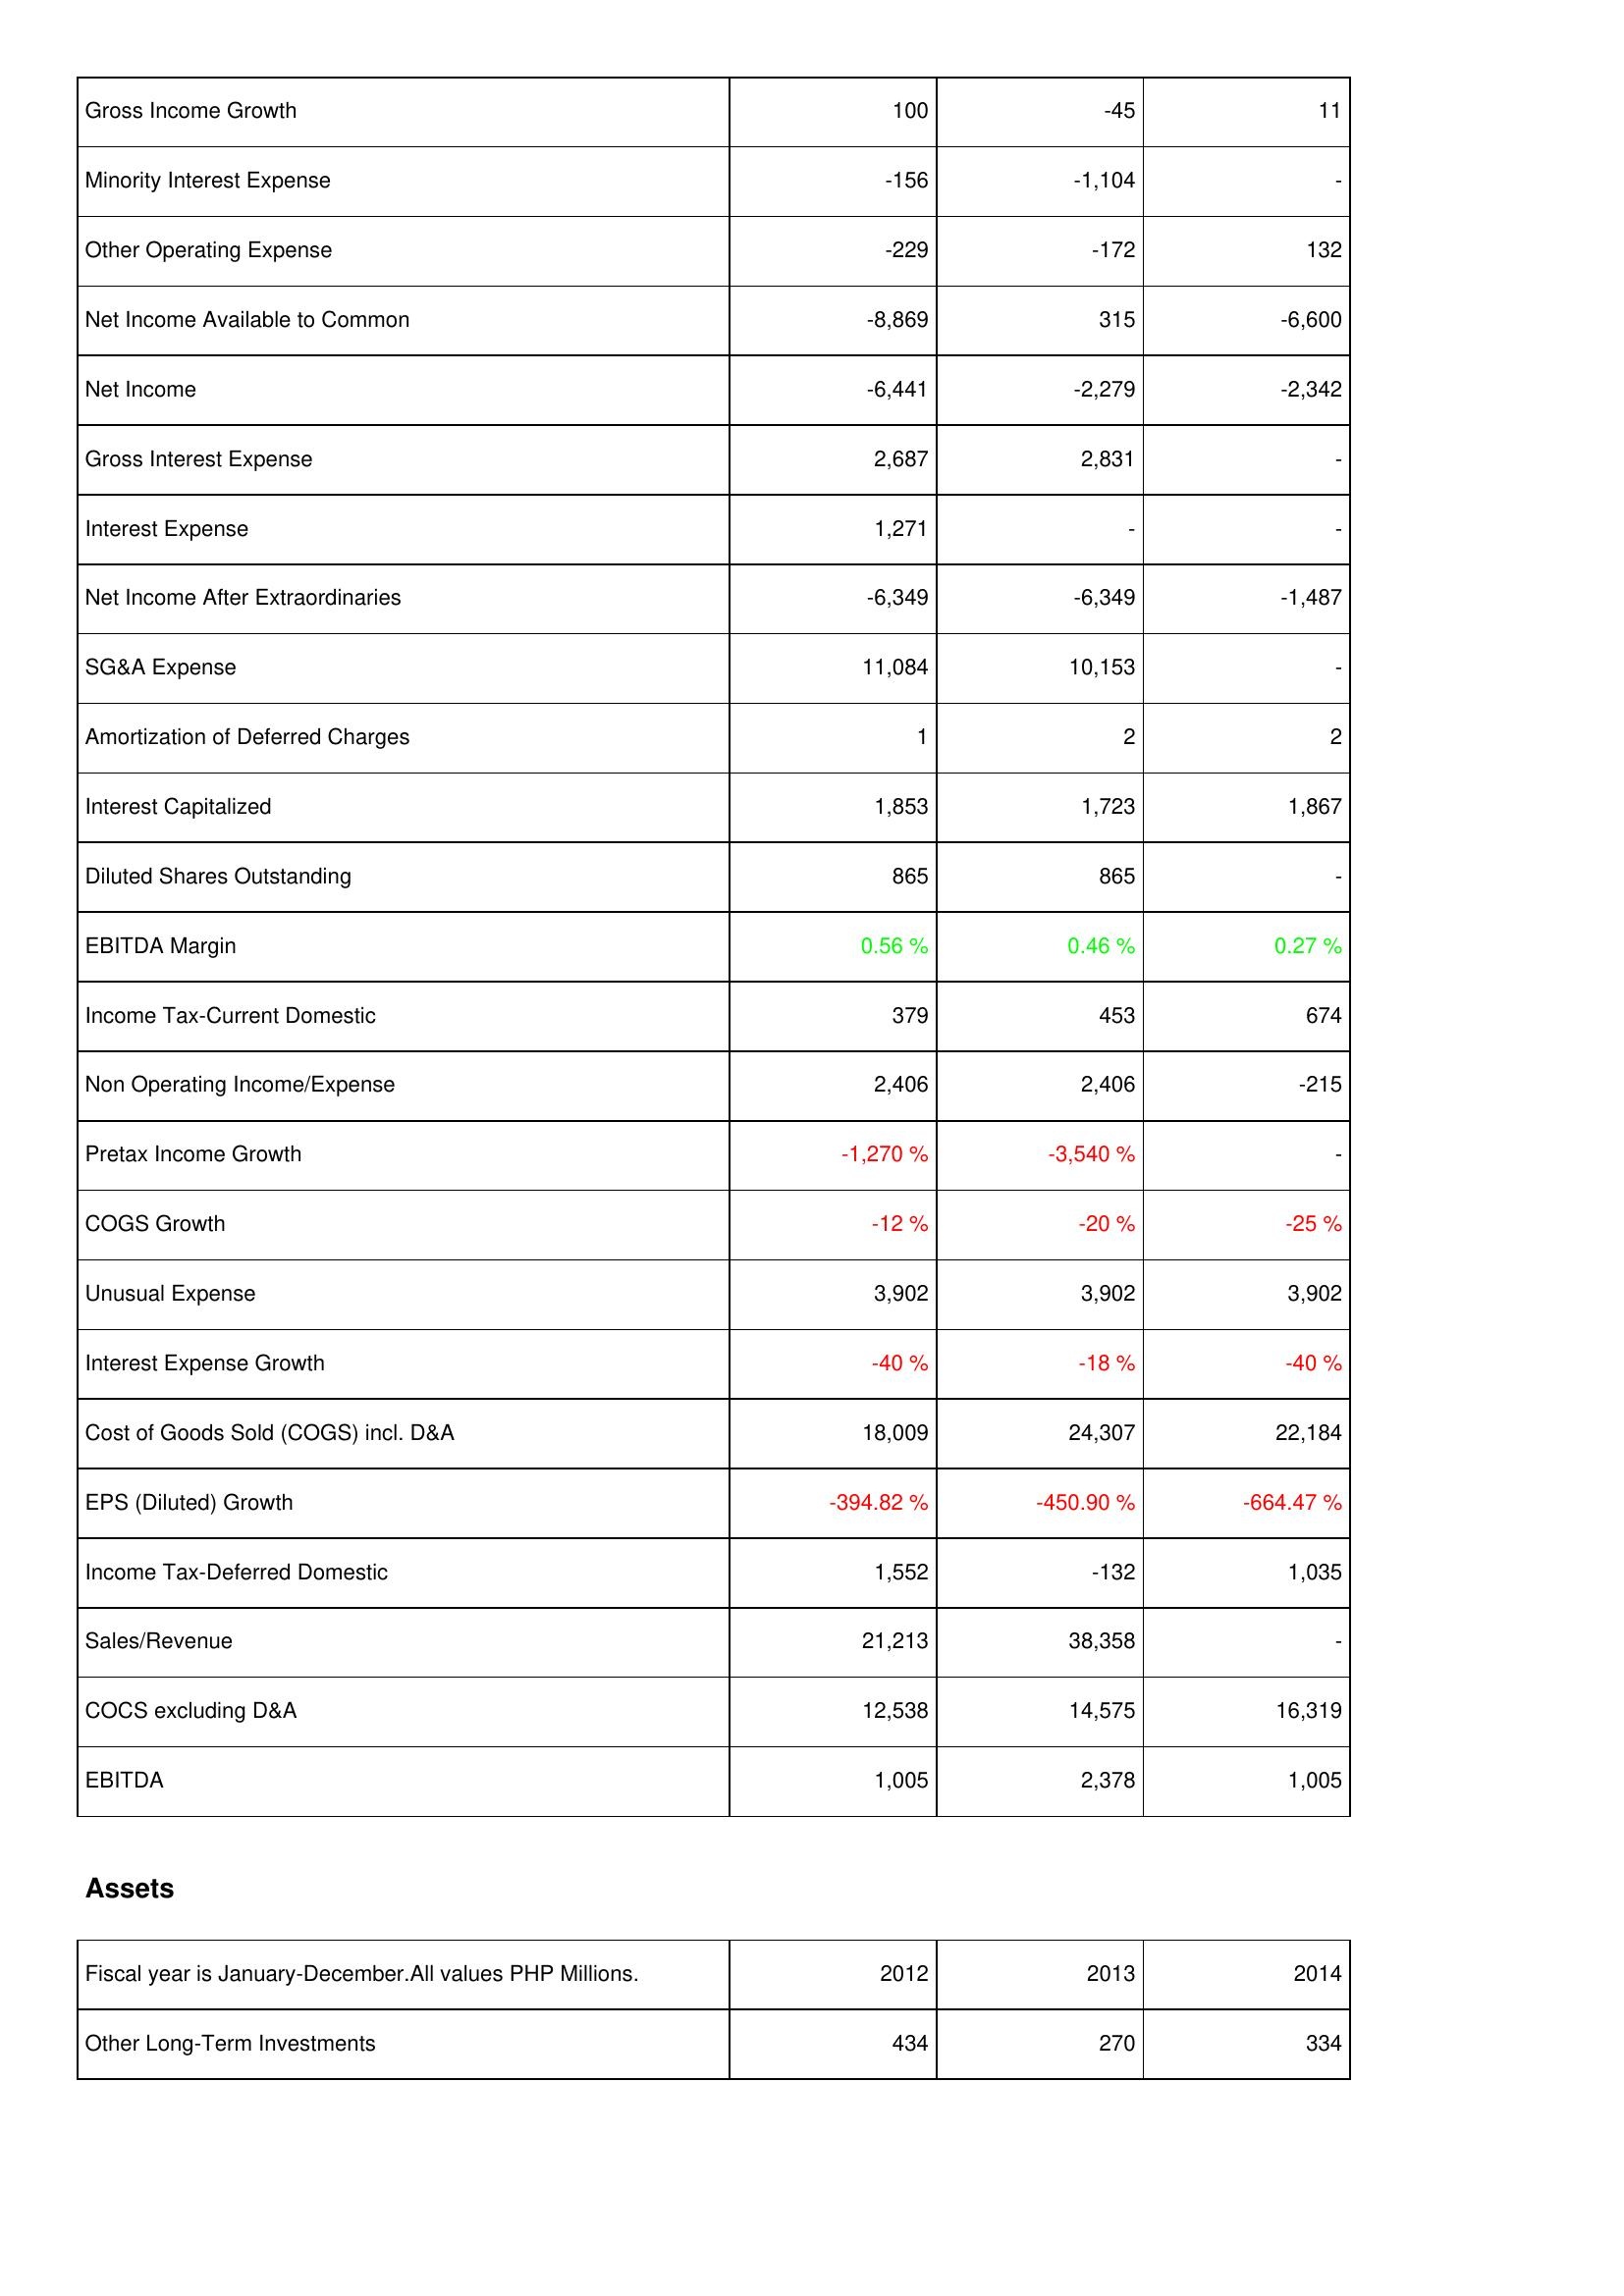
2012: Income Statement: Gross Income Growth: 100
Minority Interest Expense: -156
Other Operating Expense: -229
Net Income Available to Common: -8,869
Net Income: -6,441
Gross Interest Expense: 2,687
Interest Expense: 1,271
Net Income After Extraordinaries: -6,349
SG&A Expense: 11,084
Amortization of Deferred Charges: 1
Interest Capitalized: 1,853
Diluted Shares Outstanding: 865
EBITDA Margin: 0.56 %
Income Tax-Current Domestic: 379
Non Operating Income/Expense: 2,406
Pretax Income Growth: -1,270 %
COGS Growth: -12 %
Unusual Expense: 3,902
Interest Expense Growth: -40 %
Cost of Goods Sold (COGS) incl. D&A: 18,009
EPS (Diluted) Growth: -394.82 %
Income Tax-Deferred Domestic: 1,552
Sales/Revenue: 21,213
COCS excluding D&A: 12,538
EBITDA: 1,005
Assets: Other Long-Term Investments: 434
2013: Income Statement: Gross Income Growth: -45
Minority Interest Expense: -1,104
Other Operating Expense: -172
Net Income Available to Common: 315
Net Income: -2,279
Gross Interest Expense: 2,831
Interest Expense: -
Net Income After Extraordinaries: -6,349
SG&A Expense: 10,153
Amortization of Deferred Charges: 2
Interest Capitalized: 1,723
Diluted Shares Outstanding: 865
EBITDA Margin: 0.46 %
Income Tax-Current Domestic: 453
Non Operating Income/Expense: 2,406
Pretax Income Growth: -3,540 %
COGS Growth: -20 %
Unusual Expense: 3,902
Interest Expense Growth: -18 %
Cost of Goods Sold (COGS) incl. D&A: 24,307
EPS (Diluted) Growth: -450.90 %
Income Tax-Deferred Domestic: -132
Sales/Revenue: 38,358
COCS excluding D&A: 14,575
EBITDA: 2,378
Assets: Other Long-Term Investments: 270
2014: Income Statement: Gross Income Growth: 11
Minority Interest Expense: -
Other Operating Expense: 132
Net Income Available to Common: -6,600
Net Income: -2,342
Gross Interest Expense: -
Interest Expense: -
Net Income After Extraordinaries: -1,487
SG&A Expense: -
Amortization of Deferred Charges: 2
Interest Capitalized: 1,867
Diluted Shares Outstanding: -
EBITDA Margin: 0.27 %
Income Tax-Current Domestic: 674
Non Operating Income/Expense: -215
Pretax Income Growth: -
COGS Growth: -25 %
Unusual Expense: 3,902
Interest Expense Growth: -40 %
Cost of Goods Sold (COGS) incl. D&A: 22,184
EPS (Diluted) Growth: -664.47 %
Income Tax-Deferred Domestic: 1,035
Sales/Revenue: -
COCS excluding D&A: 16,319
EBITDA: 1,005
Assets: Other Long-Term Investments: 334